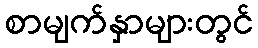
စာမျက်နှာများတွင်